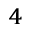
^ { 4 }